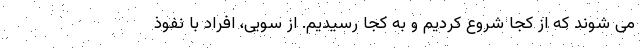
می شوند که از کجا شروع کردیم و به کجا رسیدیم. از سویی، افراد با نفوذ